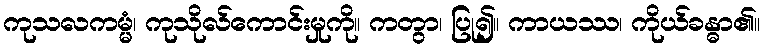
ကုသလကမ္မံ၊ ကုသိုလ်ကောင်းမှုကို။ ကတွာ၊ ပြု၍။ ကာယဿ၊ ကိုယ်ခန္ဓာ၏။